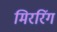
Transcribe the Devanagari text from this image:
मिररिंग